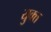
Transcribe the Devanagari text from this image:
युक्त्त